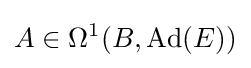
A\in \Omega ^{1}(B,\operatorname {Ad} (E))